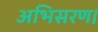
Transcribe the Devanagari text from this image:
अभिसरण।